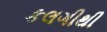
કલગીથી